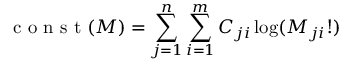
\mathrm { ~ c ~ o ~ n ~ s ~ t ~ } ( M ) = \sum _ { j = 1 } ^ { n } \sum _ { i = 1 } ^ { m } C _ { j i } \log ( M _ { j i } ! )